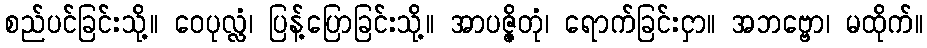
စည်ပင်ခြင်းသို့။ ဝေပုလ္လံ၊ ပြန့်ပြောခြင်းသို့။ အာပဇ္ဇိတုံ၊ ရောက်ခြင်းငှာ။ အဘဗ္ဗော၊ မထိုက်။